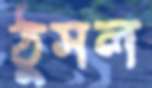
ঠুসল